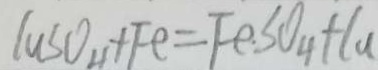
C u S O _ { 4 } + F e = F e . S O _ { 4 } + C u